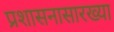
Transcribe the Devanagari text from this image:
प्रशासनासारख्या